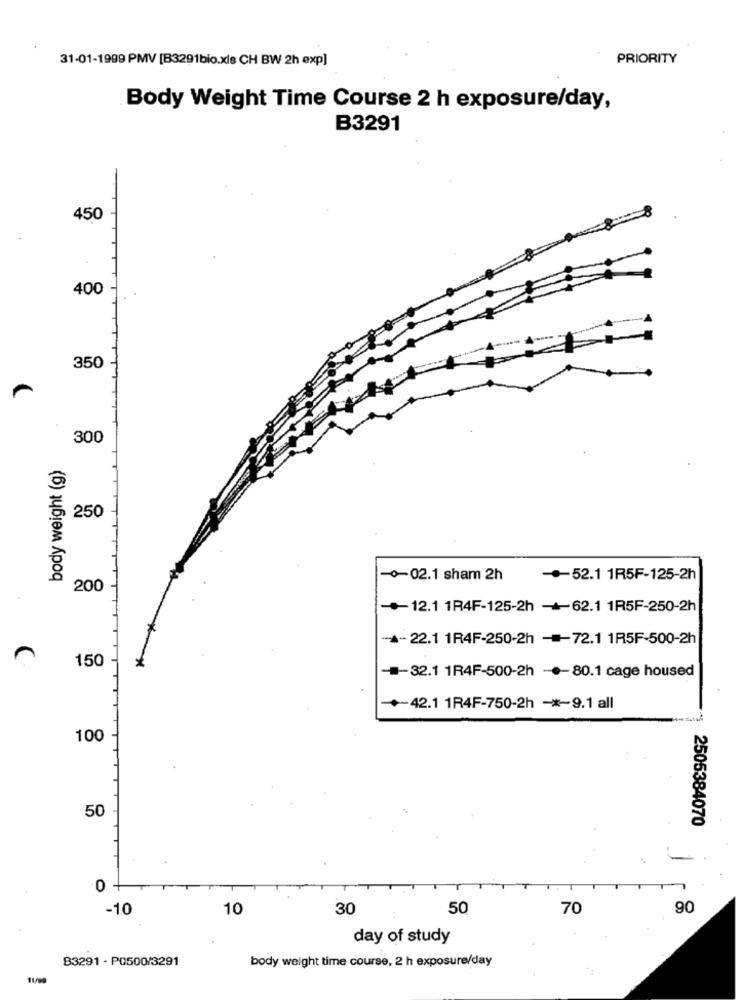
31-01-1999 PMV [B3291bio.xis CH BW 2h exp]
PRIORITY
Body Weight Time Course 2 h exposure/day,
B3291
T
450
400
350
300
body weight (g)
250
-0-02.1 sham 2h
52.1 1R5F-125-2h
200
-+ 12.1 1R4F-125-2h -62.1 1R5F-250-2h
A-22.1 1R4F-250-2h -=- 72.1 1R5F-500-2h
**
150
I-32.1 1R4F-500-2h -.- 80.1 cage housed
-42.1 1R4F-750-2h -*- 9.1 all
100
50
2505384070
0
-10
10
30
50
70
90
day of study
83291 - P0500/3291
body weight time course, 2 h exposure/day